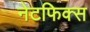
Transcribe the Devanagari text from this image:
नेटफिक्स